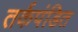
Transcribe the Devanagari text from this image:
तर्कपंडित